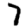
Digit: 7